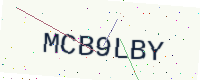
Text: MCB9LBY